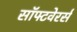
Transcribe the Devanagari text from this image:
सॉफ्टवेरर्स